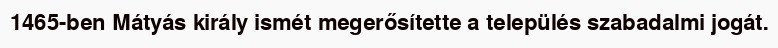
1465-ben Mátyás király ismét megerősítette a település szabadalmi jogát.